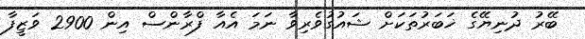
ބޭރު ދުނިޔޭގެ ޚަބަރުތަކަށް ޝައުގުވެރިވާ ނަމަ އެއާ ފްރާންސް އިން 2900 ވަޒީފާ